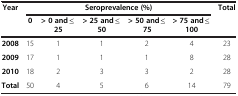
<table><thead><tr><td rowspan="2"><b>Year</b></td><td colspan="5"><b>Seroprevalence (%)</b></td><td rowspan="2"><b>Total</b></td></tr><tr><td><b>0</b></td><td><b>&gt; 0 and ≤25</b></td><td><b>&gt; 25 and ≤50</b></td><td><b>&gt; 50 and ≤75</b></td><td><b>&gt; 75 and ≤100</b></td></tr></thead><tbody><tr><td><b>2008</b></td><td>15</td><td>1</td><td>1</td><td>2</td><td>4</td><td>23</td></tr><tr><td><b>2009</b></td><td>17</td><td>1</td><td>1</td><td>1</td><td>8</td><td>28</td></tr><tr><td><b>2010</b></td><td>18</td><td>2</td><td>3</td><td>3</td><td>2</td><td>28</td></tr><tr><td><b>Total</b></td><td>50</td><td>4</td><td>5</td><td>6</td><td>14</td><td>79</td></tr></tbody></table>